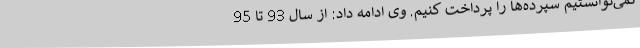
نمی‌توانستیم سپرده‌ها را پرداخت کنیم. وی ادامه داد: از سال 93 تا 95